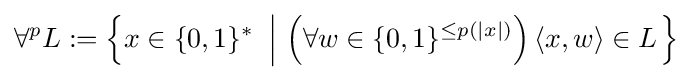
\forall ^{p}L:=\left\{x\in \{0,1\}^{*}\ \left|\ \left(\forall w\in \{0,1\}^{\leq p(|x|)}\right)\langle x,w\rangle \in L\right.\right\}